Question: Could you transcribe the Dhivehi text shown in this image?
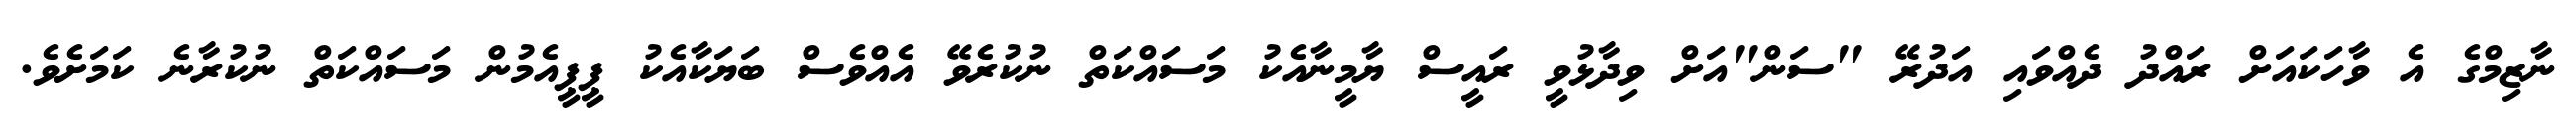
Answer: ނާޒިމްގެ އެ ވާހަކައަށް ރައްދު ދެއްވައި އަދުރޭ "ސަން"އަށް ވިދާޅުވީ ރައީސް ޔާމީނާއެކު މަސައްކަތް ނުކުރެވޭ އެއްވެސް ބަޔަކާއެކު ޕީޕީއެމުން މަސައްކަތް ނުކުރާނެ ކަމަށެވެ.